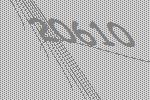
20610